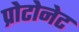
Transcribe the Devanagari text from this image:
प्रोटोनेट